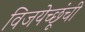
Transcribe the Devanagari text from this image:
विजयेच्छूंची